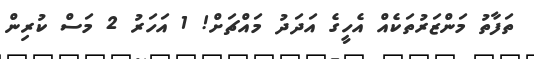
ތަފާތު މަންޒަރުތަކެއް އެހީގެ އަދަދު މައްޗަށް! 1 އަހަރު 2 މަސް ކުރިން